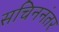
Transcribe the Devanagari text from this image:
सचिननंतर